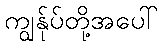
ကျွန်ုပ်တို့အပေါ်